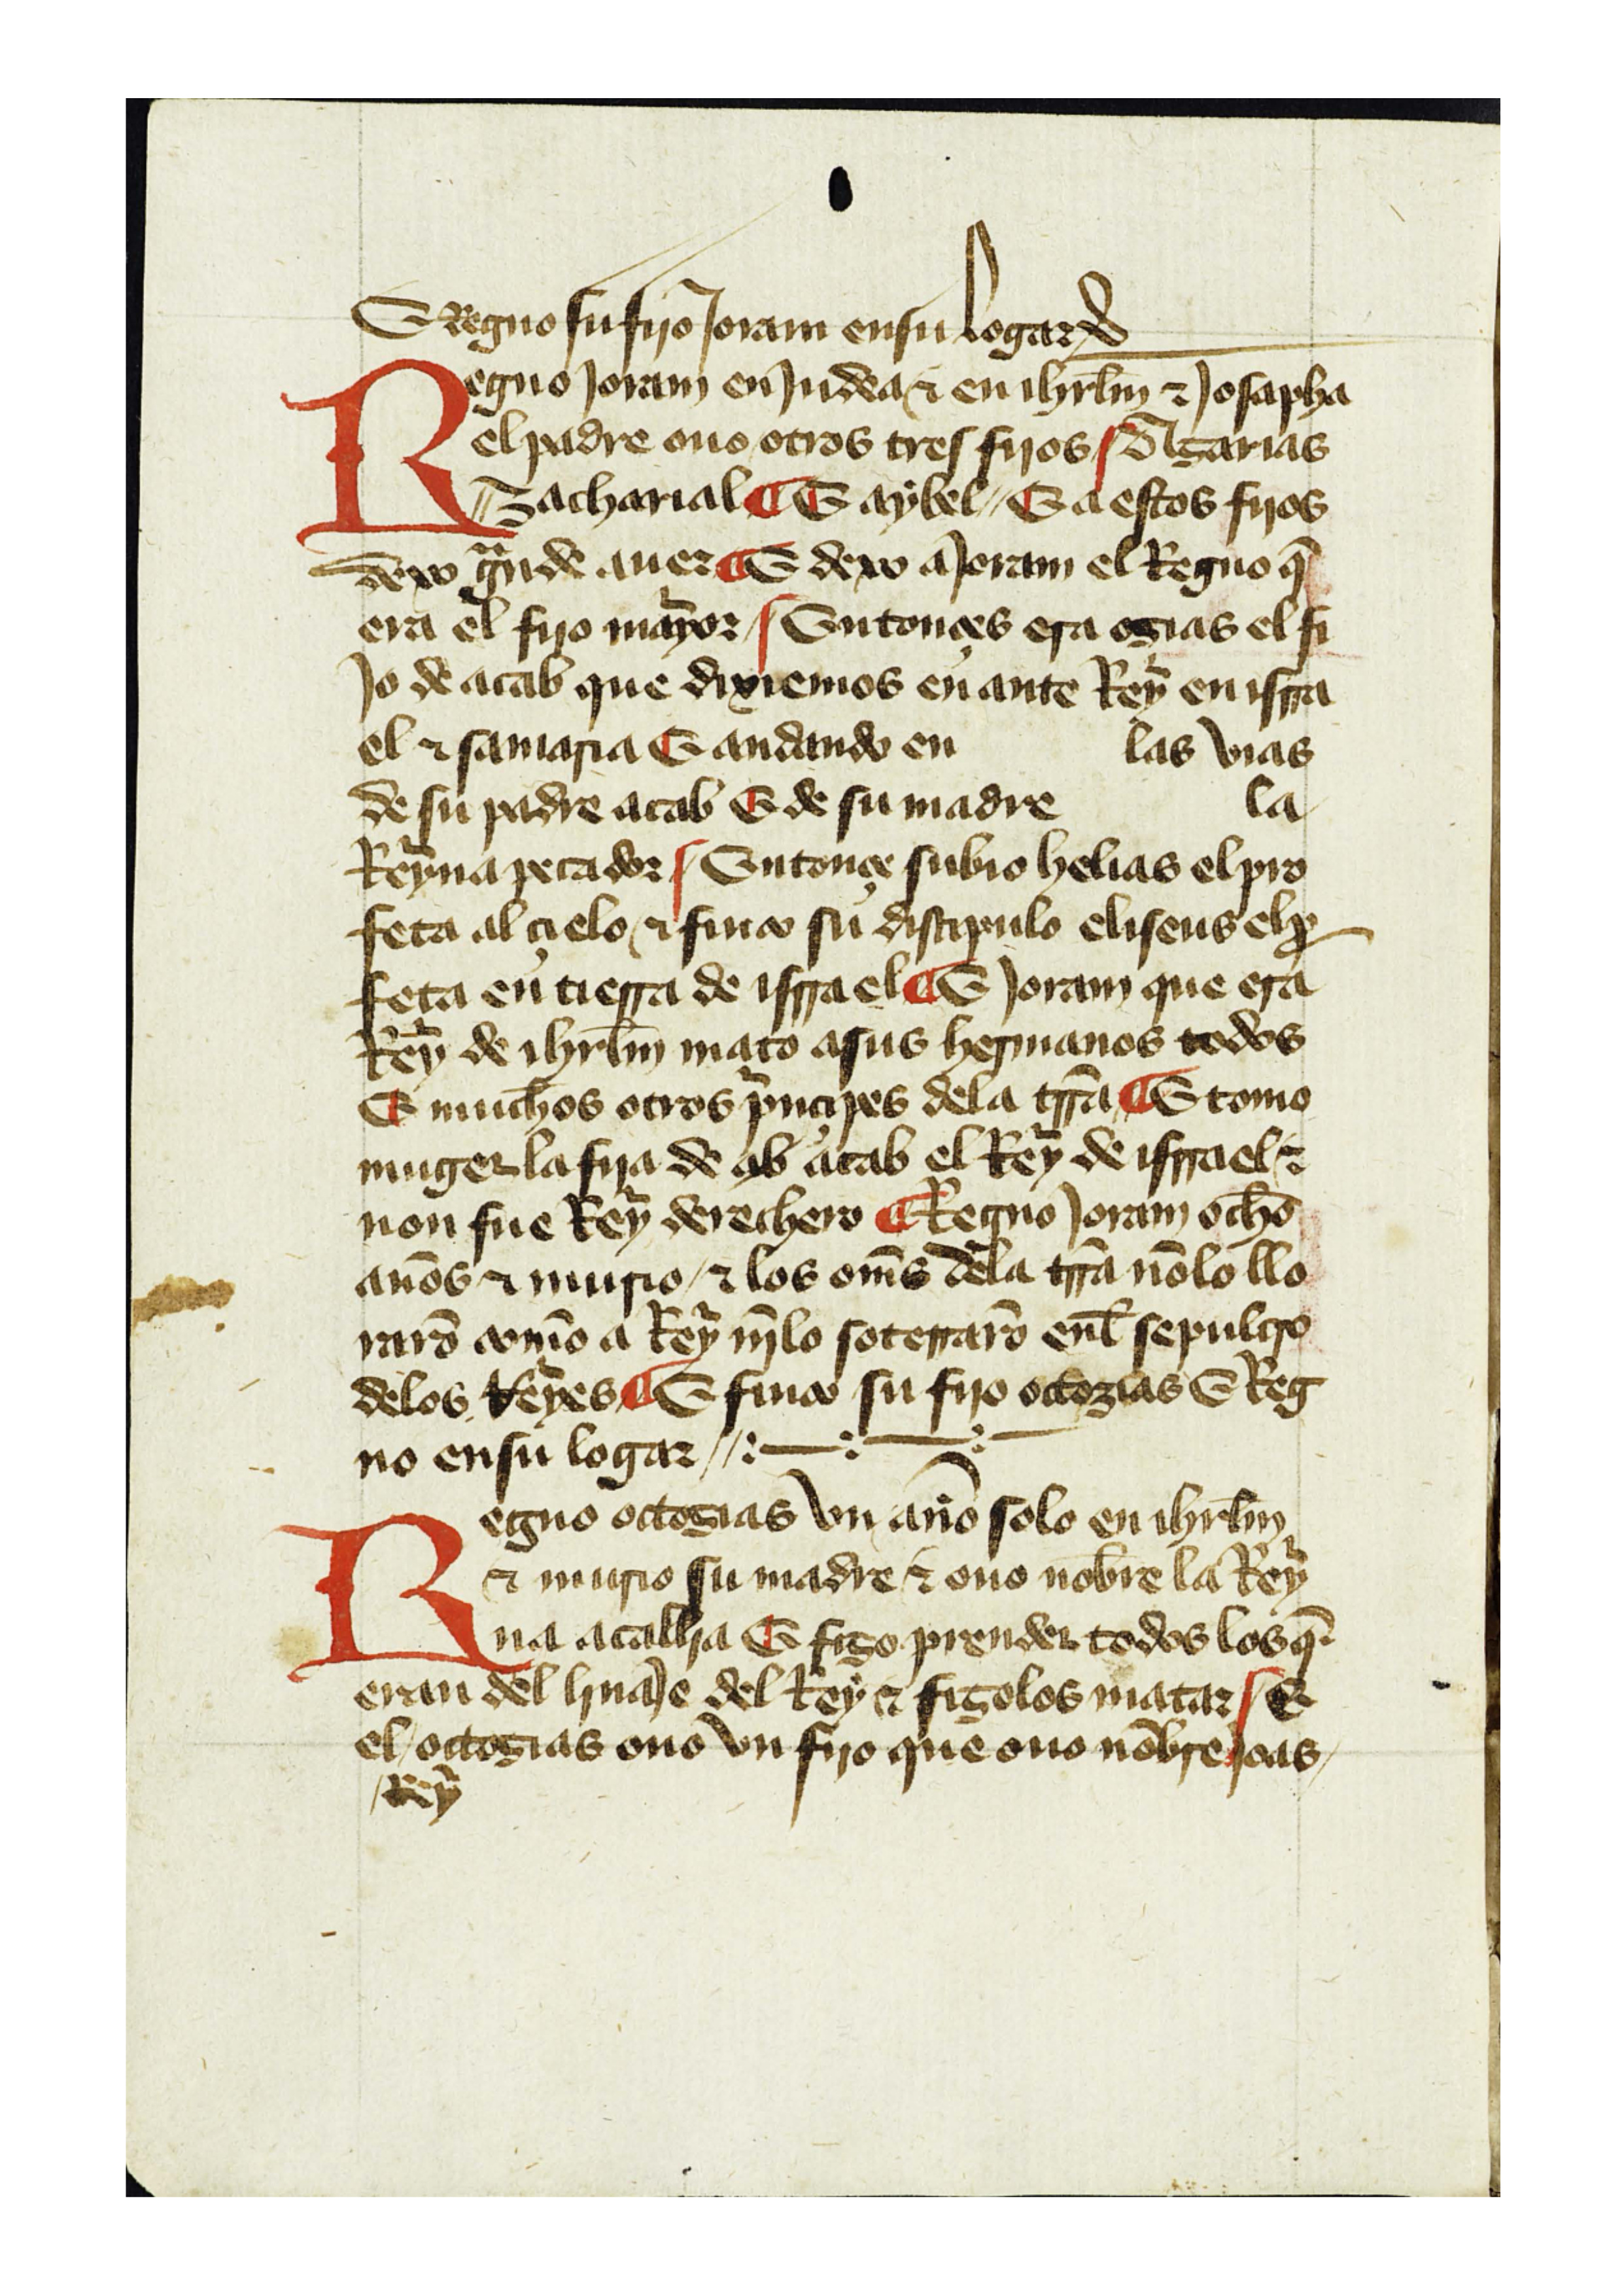
Shelfmark: Salamanca, Biblioteca Histórica USAL, 2011
Century: 14